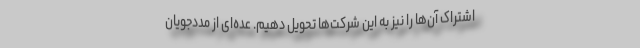
اشتراک آن‌ها را نیز به این شرکت‌ها تحویل دهیم. عده‌ای از مددجویان